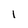
Character: 1